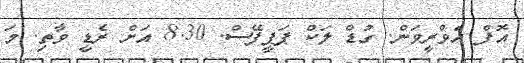
އޮފް އެވްރީވަން. ގުޑް ލަކް ޕަޕީފޭސް. 8.30 އަށް ރެޑީ ވާތި. މަ